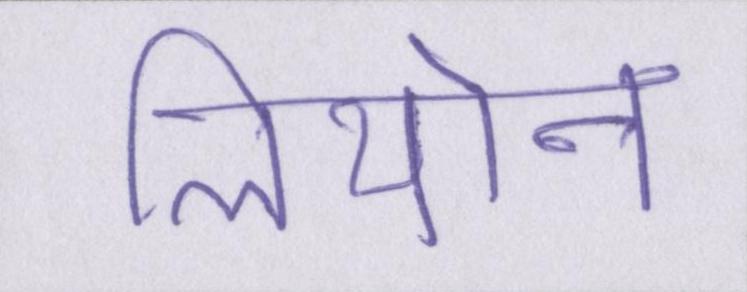
लियोन